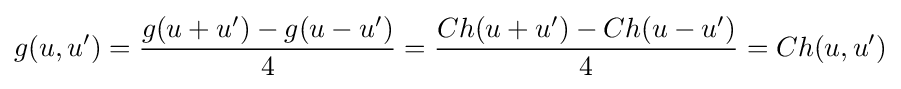
g(u,u')={\frac {g(u+u')-g(u-u')}{4}}={\frac {Ch(u+u')-Ch(u-u')}{4}}=Ch(u,u')